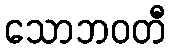
သောဘဝတီ